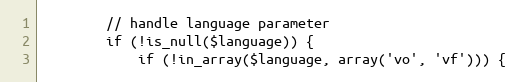
Language: PHP
        // handle language parameter
        if (!is_null($language)) {
            if (!in_array($language, array('vo', 'vf'))) {